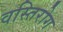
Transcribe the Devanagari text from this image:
वस्तिरोग